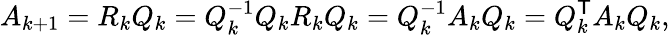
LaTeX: A_{k+1}=R_{k}Q_{k}=Q_{k}^{-1}Q_{k}R_{k}Q_{k}=Q_{k}^{-1}A_{k}Q_{k}=Q_{k}^{\mathsf{T}}A_{k}Q_{k},